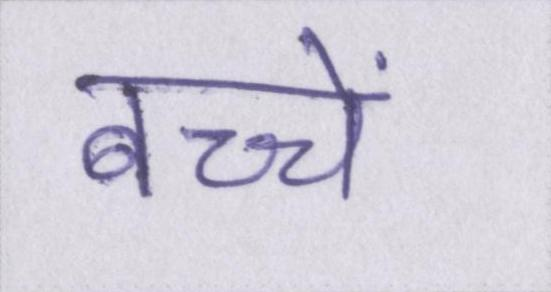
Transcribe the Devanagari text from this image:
बच्चें